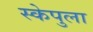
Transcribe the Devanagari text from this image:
स्केपुला